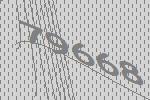
79668